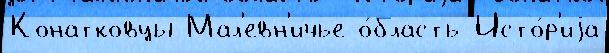
Конатковцы Мал'евн'ичье о́бласть Исто́р'иjа